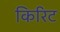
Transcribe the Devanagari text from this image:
किरिट